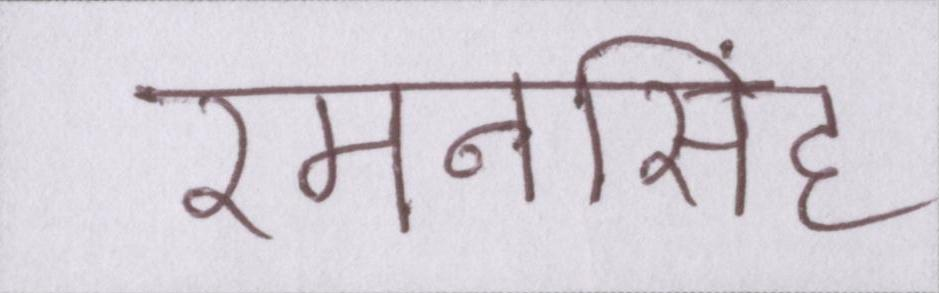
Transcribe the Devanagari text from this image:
रमनसिंह